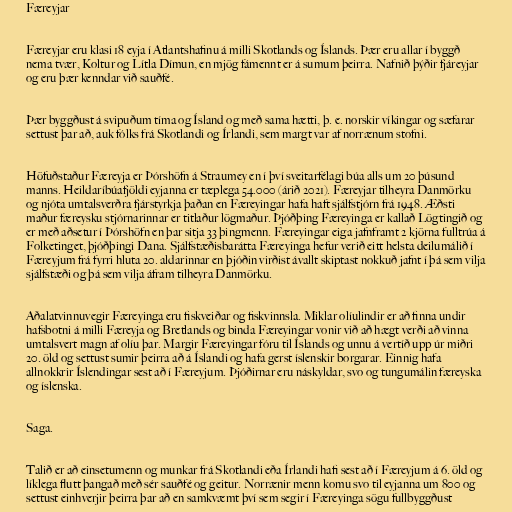
Færeyjar

Færeyjar eru klasi 18 eyja í Atlantshafinu á milli Skotlands og Íslands. Þær eru allar í byggð
nema tvær, Koltur og Lítla Dímun, en mjög fámennt er á sumum þeirra. Nafnið þýðir fjáreyjar
og eru þær kenndar við sauðfé.

Þær byggðust á svipuðum tíma og Ísland og með sama hætti, þ. e. norskir víkingar og sæfarar
settust þar að, auk fólks frá Skotlandi og Írlandi, sem margt var af norrænum stofni.

Höfuðstaður Færeyja er Þórshöfn á Straumey en í því sveitarfélagi búa alls um 20 þúsund
manns. Heildaríbúafjöldi eyjanna er tæplega 54.000 (árið 2021). Færeyjar tilheyra Danmörku
og njóta umtalsverðra fjárstyrkja þaðan en Færeyingar hafa haft sjálfstjórn frá 1948. Æðsti
maður færeysku stjórnarinnar er titlaður lögmaður. Þjóðþing Færeyinga er kallað Lögtingið og
er með aðsetur í Þórshöfn en þar sitja 33 þingmenn. Færeyingar eiga jafnframt 2 kjörna fulltrúa á
Folketinget, þjóðþingi Dana. Sjálfstæðisbarátta Færeyinga hefur verið eitt helsta deilumálið í
Færeyjum frá fyrri hluta 20. aldarinnar en þjóðin virðist ávallt skiptast nokkuð jafnt í þá sem vilja
sjálfstæði og þá sem vilja áfram tilheyra Danmörku.

Aðalatvinnuvegir Færeyinga eru fiskveiðar og fiskvinnsla. Miklar olíulindir er að finna undir
hafsbotni á milli Færeyja og Bretlands og binda Færeyingar vonir við að hægt verði að vinna
umtalsvert magn af olíu þar. Margir Færeyingar fóru til Íslands og unnu á vertíð upp úr miðri
20. öld og settust sumir þeirra að á Íslandi og hafa gerst íslenskir borgarar. Einnig hafa
allnokkrir Íslendingar sest að í Færeyjum. Þjóðirnar eru náskyldar, svo og tungumálin færeyska
og íslenska.

Saga.

Talið er að einsetumenn og munkar frá Skotlandi eða Írlandi hafi sest að í Færeyjum á 6. öld og
líklega flutt þangað með sér sauðfé og geitur. Norrænir menn komu svo til eyjanna um 800 og
settust einhverjir þeirra þar að en samkvæmt því sem segir í Færeyinga sögu fullbyggðust